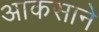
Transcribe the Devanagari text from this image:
आकसाने